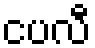
ငပလီ